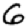
Digit: 6